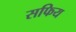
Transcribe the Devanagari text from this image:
सफिय